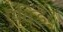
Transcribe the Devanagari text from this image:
एविडेंट